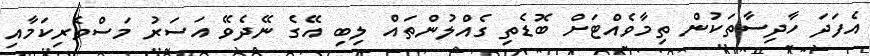
އެފަދަ ހާދިސާތަކުން ތިމާވެއްޓަށް ބޮޑެތި ގެއްލުންތައް ލިބި އޭގެ ނޭދެވޭ އަސަރު މަސްވެރިކަމާއި